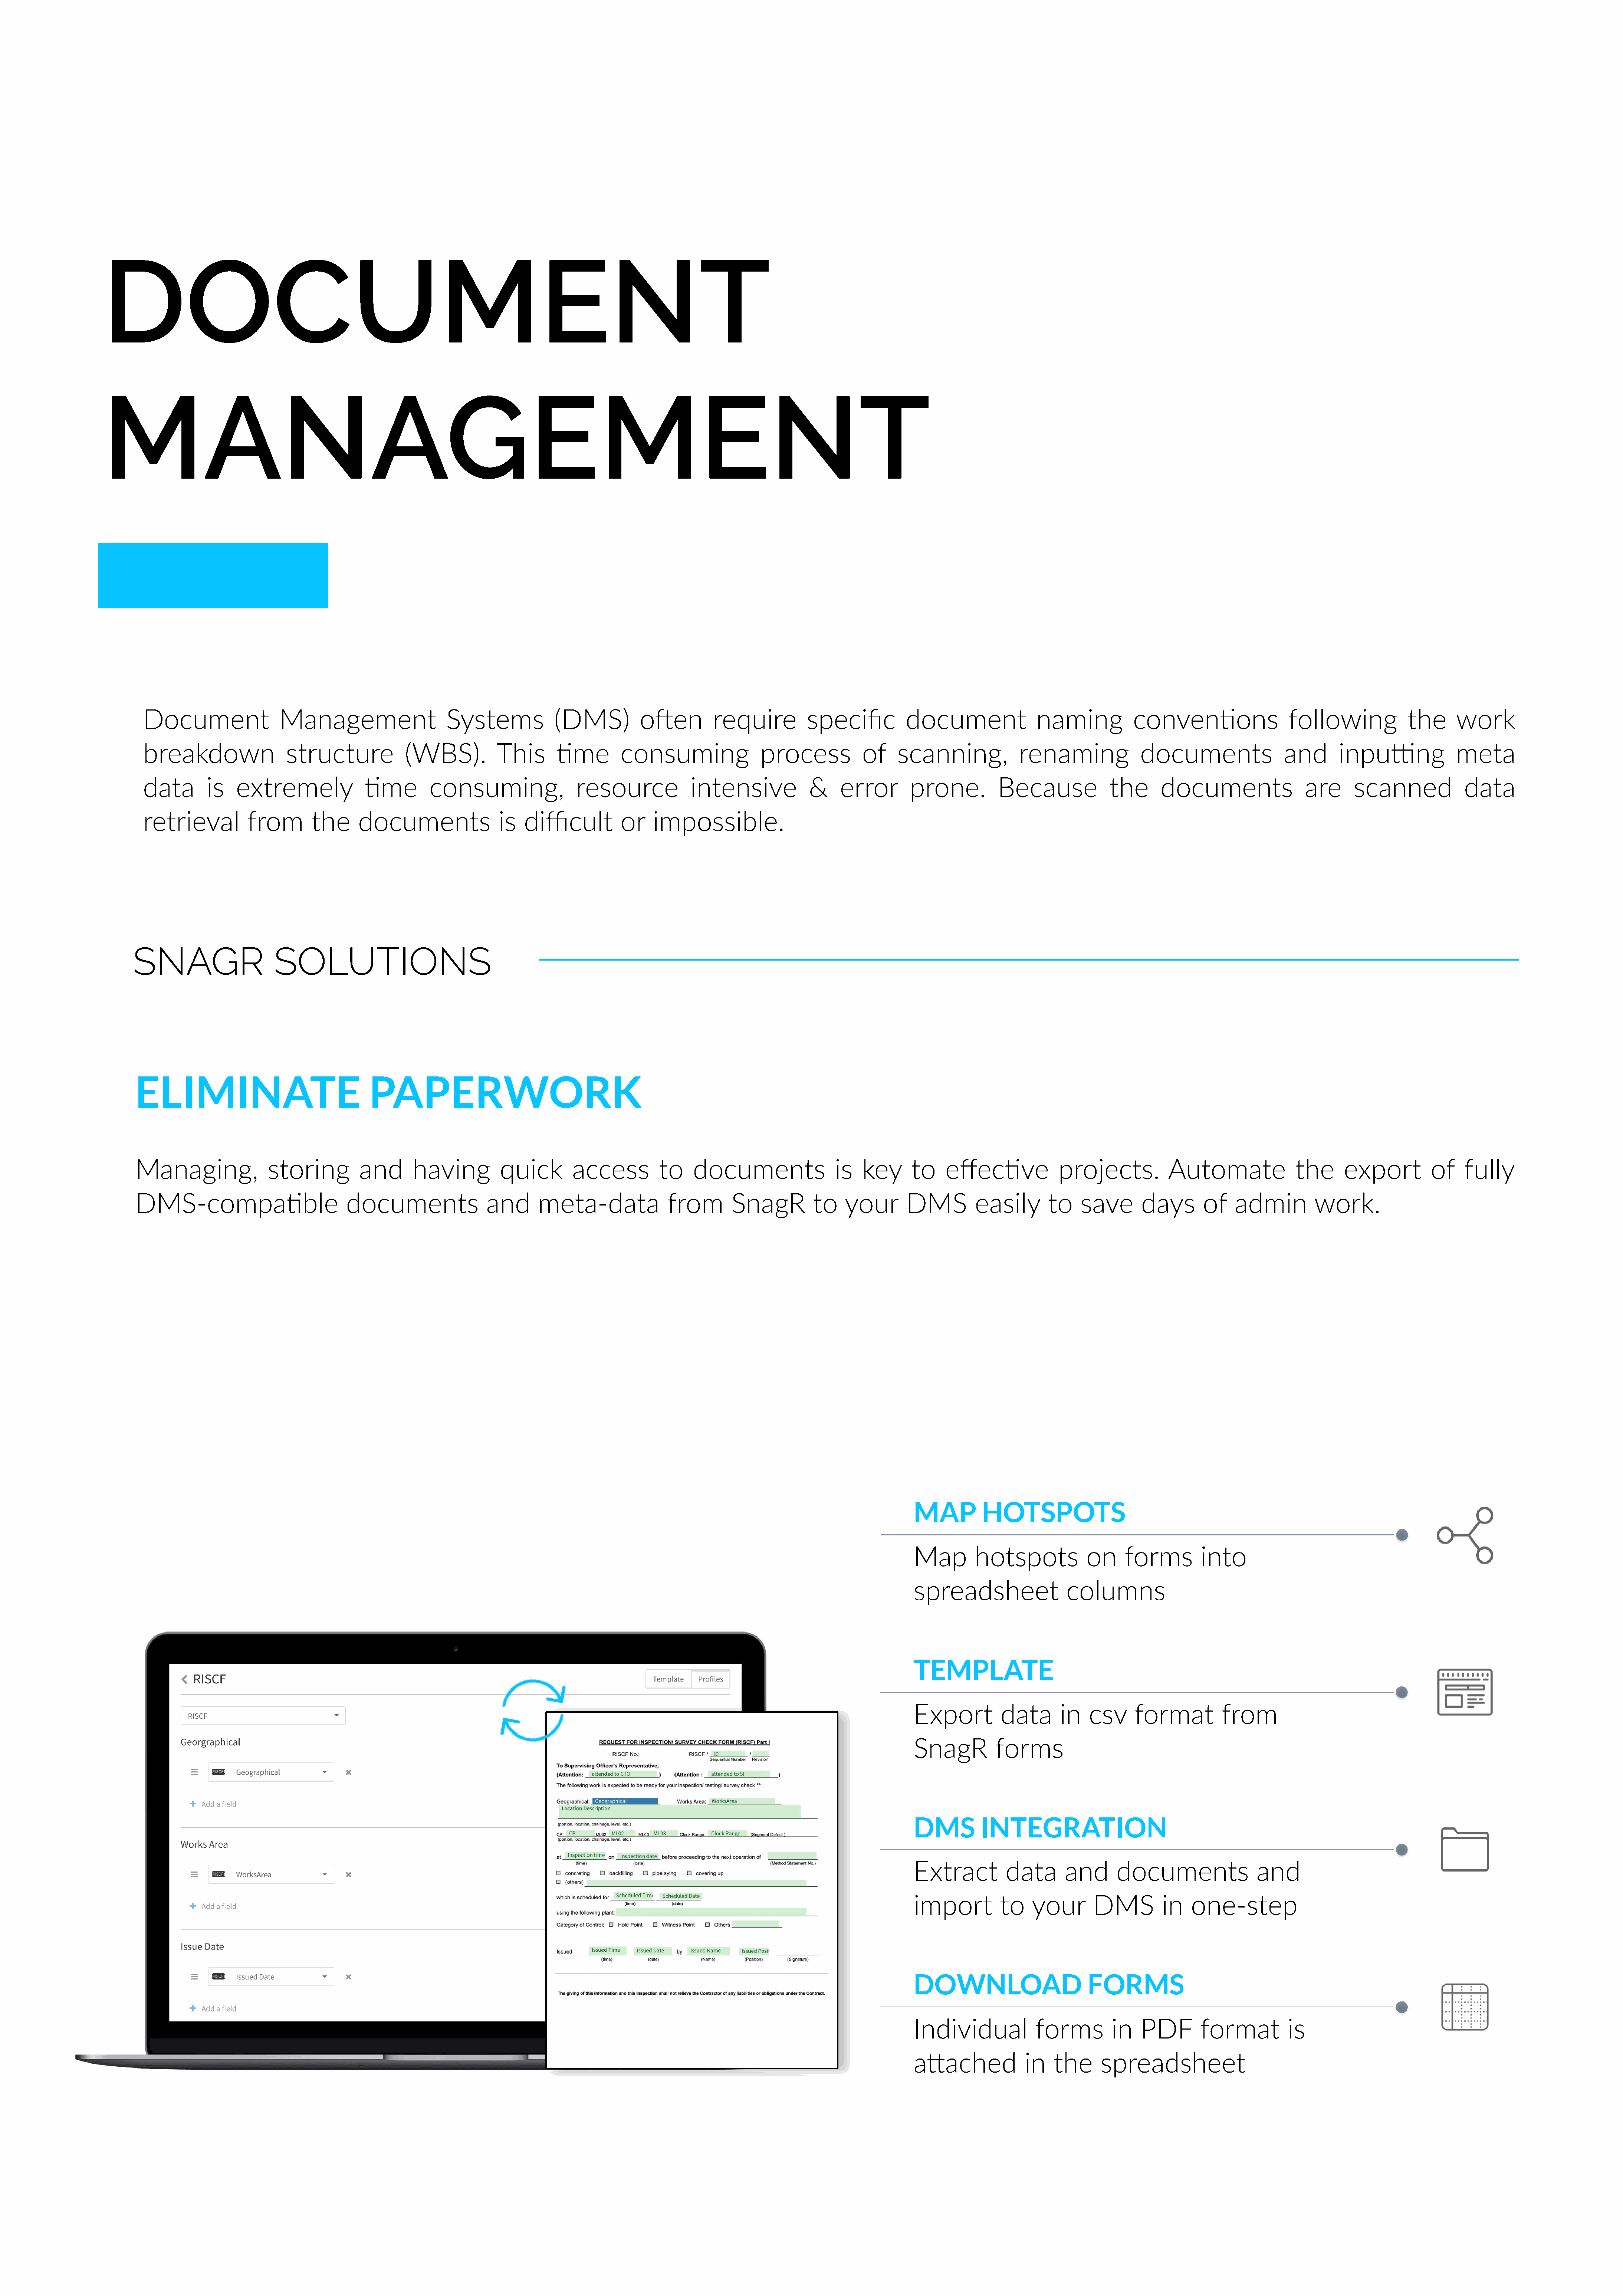
DOCUMENT
 MANAGEMENT
 Document                Management                    Systems            (DMS)          oRen         require          specific          document               naming           conven<ons                  following            the      work
 breakdown                structure            (WBS).           This      <me         consuming                process           of    scanning,             renaming             documents                 and       inpuYng              meta
 data       is   extremely              <me         consuming,                resource            intensive            &     error       prone.          Because             the      documents                 are      scanned            data
 retrieval         from        the     documents                is  difficult         or    impossible.
 SNAGR                    SOLUTIONS
 ELIMINATE                                 PAPERWORK
 Managing,               storing         and       having         quick        access          to    documents                is   key      to    effec<ve            projects.          Automate               the      export         of    fully
 DMS-compa<ble                         documents                and      meta-data              from        SnagR         to    your       DMS         easily       to    save       days       of   admin          work.
 MAP         HOTSPOTS
 Map        hotspots            on     forms        into
 spreadsheet                columns
 TEMPLATE
 Export          data      in   csv     format          from
 SnagR          forms
 DMS         INTEGRATION
 Extract         data       and      documents                and
 import         to    your       DMS         in    one-step
 DOWNLOAD                       FORMS
 Individual            forms        in    PDF       format          is
 aXached             in   the     spreadsheet